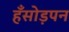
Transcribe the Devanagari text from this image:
हँसोड़पन